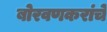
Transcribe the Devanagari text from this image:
बोरवणकरांचे